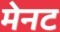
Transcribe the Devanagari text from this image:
मेनट